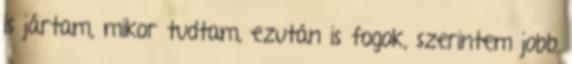
is jártam, mikor tudtam, ezután is fogok, szerintem jobb